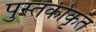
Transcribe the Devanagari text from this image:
पुस्तकीकृत